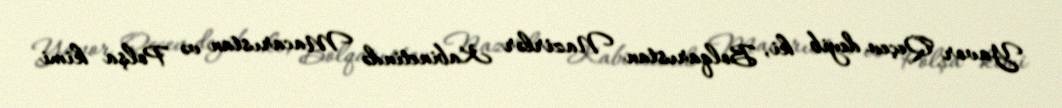
Yavor Qeçev deyib ki, Bolqarıstan Nazirlər Kabinetində Macarıstan və Polşa kimi